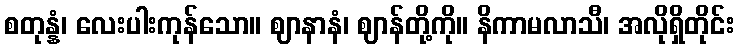
စတုန္နံ၊ လေးပါးကုန်သော။ ဈာနာနံ၊ ဈာန်တို့ကို။ နိကာမလာသီ၊ အလိုရှိတိုင်း